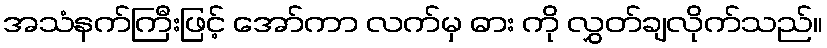
အသံနက်ကြီးဖြင့် အော်ကာ လက်မှ ဓား ကို လွှတ်ချလိုက်သည်။